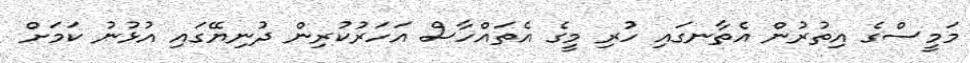
މަމީސްގެ އިތުރުން އެތާނގައި ހުރި މީގެ އެތައްހާސް އަހަރުކުރިން ދުނިޔޭގައި އުޅުނު ކަމަށް